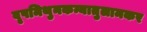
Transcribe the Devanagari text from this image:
वृषमिथुनकन्यातुलामकर